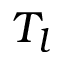
T _ { l }